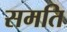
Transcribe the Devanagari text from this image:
समति